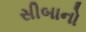
સીબાનો